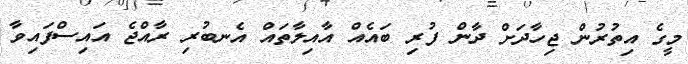
މީގެ އިތުރުން ޖިހާދަށް ދާން ފުރި ބައެއް އާއިލާތައް އެނބުރި ރާއްޖެ އައިސްފައިވާ